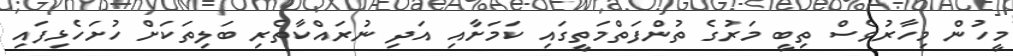
މީހުން މިހާރުވެސް ތިބީ މަރުގެ ތުންފަތްމަތީގައި ކަމަށާއި އަދި ނުރައްކާތެރި ބަލިތަކަށް ހުށަހެޅިފައި